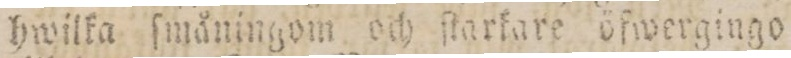
hwilka ſmåningom och ſtarkare öfwergingo